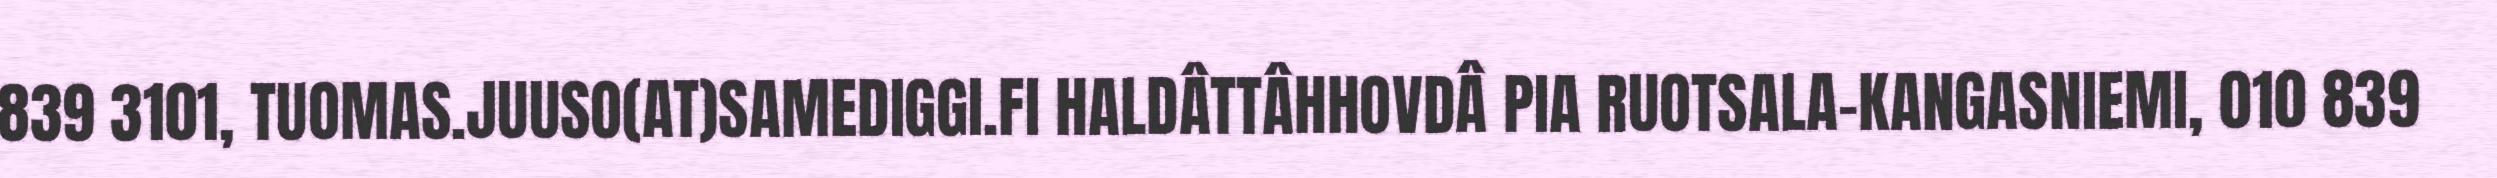
839 3101, TUOMAS.JUUSO(AT)SAMEDIGGI.FI HALDÂTTÂHHOVDÂ PIA RUOTSALA-KANGASNIEMI, 010 839